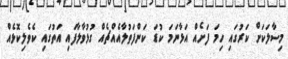
މިސާލަކަށް ކަރުގައި ހިމަ ފަށެއް އަޅާނަމަ ކުޑަ ކަންފަތުލާއެއްޗެއް ގުޅުވާލާފައި އަތުގައި ކެވެލިކޮޅެއް